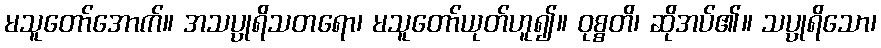
မသူတော်အောက်။ အသပ္ပုရိသတရော၊ မသူတော်ယုတ်ဟူ၍။ ဝုစ္စတိ၊ ဆိုအပ်၏။ သပ္ပုရိသော၊